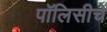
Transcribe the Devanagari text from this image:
पॉलिसीचे